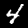
Label: 4